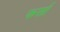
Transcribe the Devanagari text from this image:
फर्सा